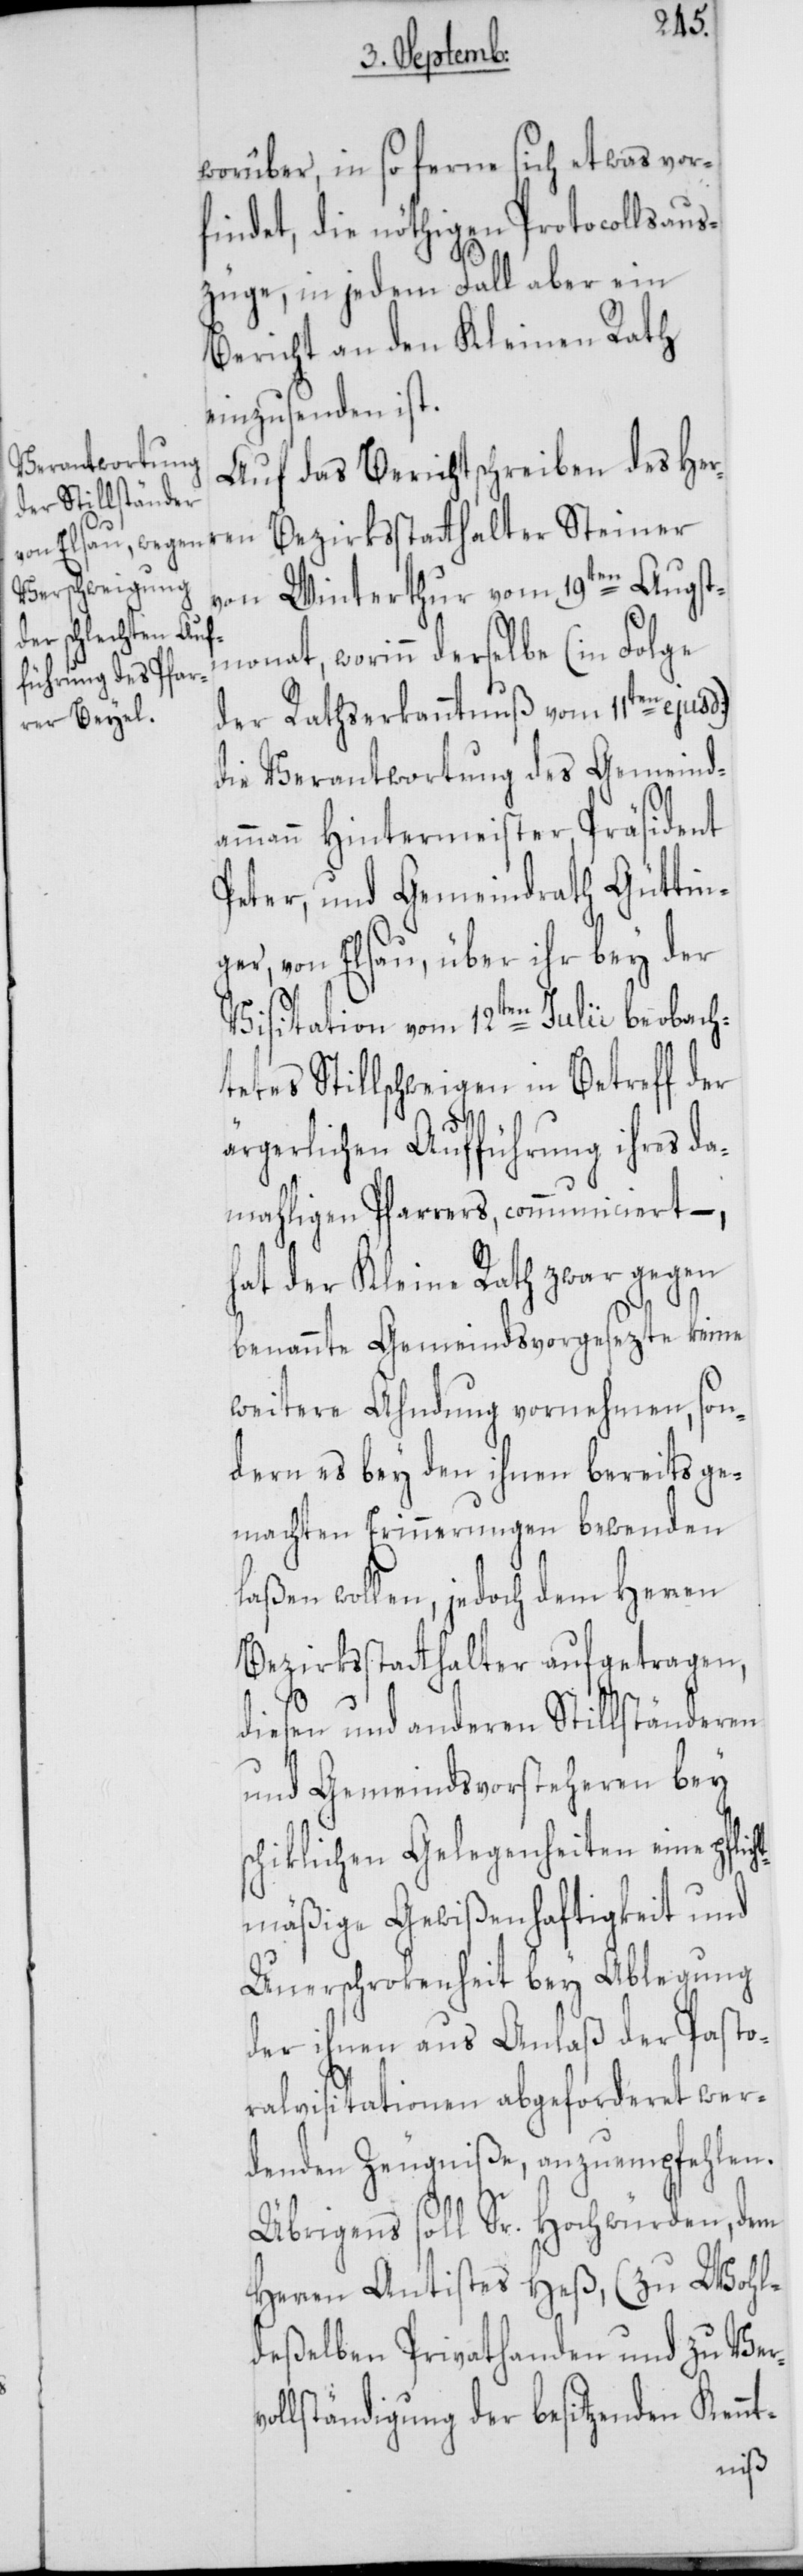
ren
worüber, in so ferne sich etwas vor¬
findet, die nöthigen Protocollsaus¬
züge, in jedem Fall aber ein
Bericht an den Kleinen Rath
einzusenden ist.
Auf das Berichtschreiben des Her¬
von Winterthur vom 19ten Augst¬
monat, worinn derselbe (in Folge
der Rathserkanntnuß vom 11ten ejusd:)
die Verantwortung des Gemeind¬
ammann Hintermeister, Präsident
Peter, und Gemeindrath Güttin¬
ger, von Elsau, über ihr bey der
Visitation vom 12ten Julii beobach¬
tetes Stillschweigen in Betreff der
ärgerlichen Aufführung ihres da¬
mahligen Pfarrers, communiciert –,
hat der Kleine Rath zwar gegen
benannte Gemeindsvorgesezte keine
weitere Ahndung vornehmen, son¬
dern es bey den ihnen bereits ge¬
machten Erinnerungen bewenden
laßen wollen, jedoch dem Herren
Bezirksstatthalter aufgetragen,
diesen und anderen Stillständeren
und Gemeindsvorsteheren bey
schiklichen Gelegenheiten eine pflic¬
htmäßige Gewißenhaftigkeit und
Unerschrockenheit bey Ablegung
der ihnen aus Anlaß der Pasto¬
ralvisitationen abgeforderet wer¬
denden Zeugniße, anzuempfehlen.
Übrigens soll Sr. Hochwürden dem
Herren Antistes Heß, (zu Wohl¬
deßelben Privathanden und zu Verv¬
ollständigung der besitzenden Kennt-